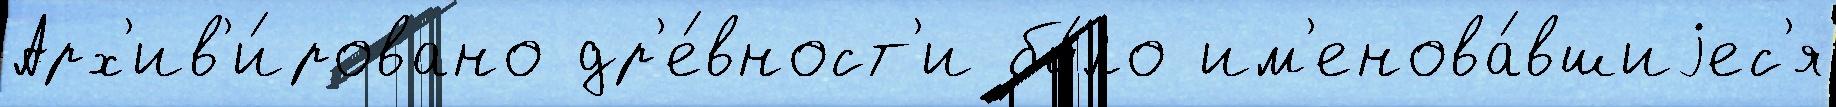
Арх'ив'и́ровано др'е́вност'и бы́ло им'енова́вшиjес'я